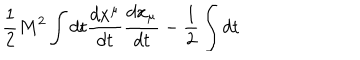
\frac { 1 } { 2 } M ^ { 2 } \int d t \frac { d x ^ { \mu } } { d t } \frac { d x _ { \mu } } { d t } - \frac { 1 } { 2 } \int d t